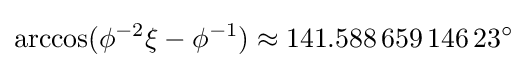
\arccos(\phi ^{-2}\xi -\phi ^{-1})\approx 141.588\,659\,146\,23^{\circ }